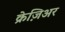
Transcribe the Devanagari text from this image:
क्रेज़िअर